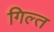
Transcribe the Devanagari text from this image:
गिल्त